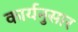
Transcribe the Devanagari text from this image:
कार्यनुसार